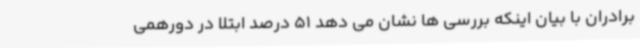
برادران با بیان اینکه بررسی ها نشان می دهد 51 درصد ابتلا در دورهمی